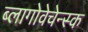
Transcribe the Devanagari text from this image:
ब्लागोवेचेन्स्क